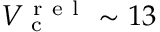
V _ { \mathrm { ~ c ~ } } ^ { \mathrm { ~ r ~ e ~ l ~ } } \sim 1 3